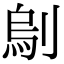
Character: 𠞆